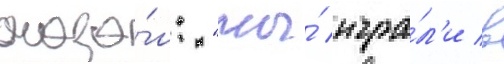
сказа́л: "мы́ игра́л'и в